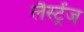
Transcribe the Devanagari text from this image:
लैस्ट्रेंज